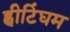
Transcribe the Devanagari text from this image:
ह्वीटिंघम